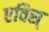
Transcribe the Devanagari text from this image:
एविस्